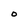
Character: O